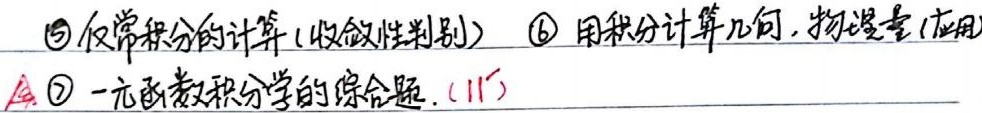
\textcircled{5} 反常积分的计算（收敛性判别）
\textcircled{6} 用积分计算几何、物理量（应用）▲
\textcircled{7} 一元函数积分学的综合题. (11')